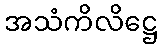
အသံကိလိဋ္ဌေ